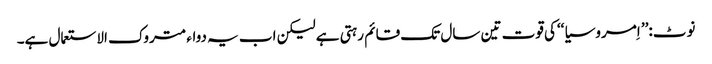
نوٹ:’’ اِمروسیا ‘‘کی قوت تین سال تک قائم رہتی ہے لیکن اب یہ دواء متروک الاستعمال ہے۔